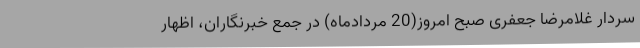
سردار غلامرضا جعفری صبح امروز(20 مردادماه) در جمع خبرنگاران، اظهار